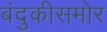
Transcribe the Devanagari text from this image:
बंदुकीसमोर